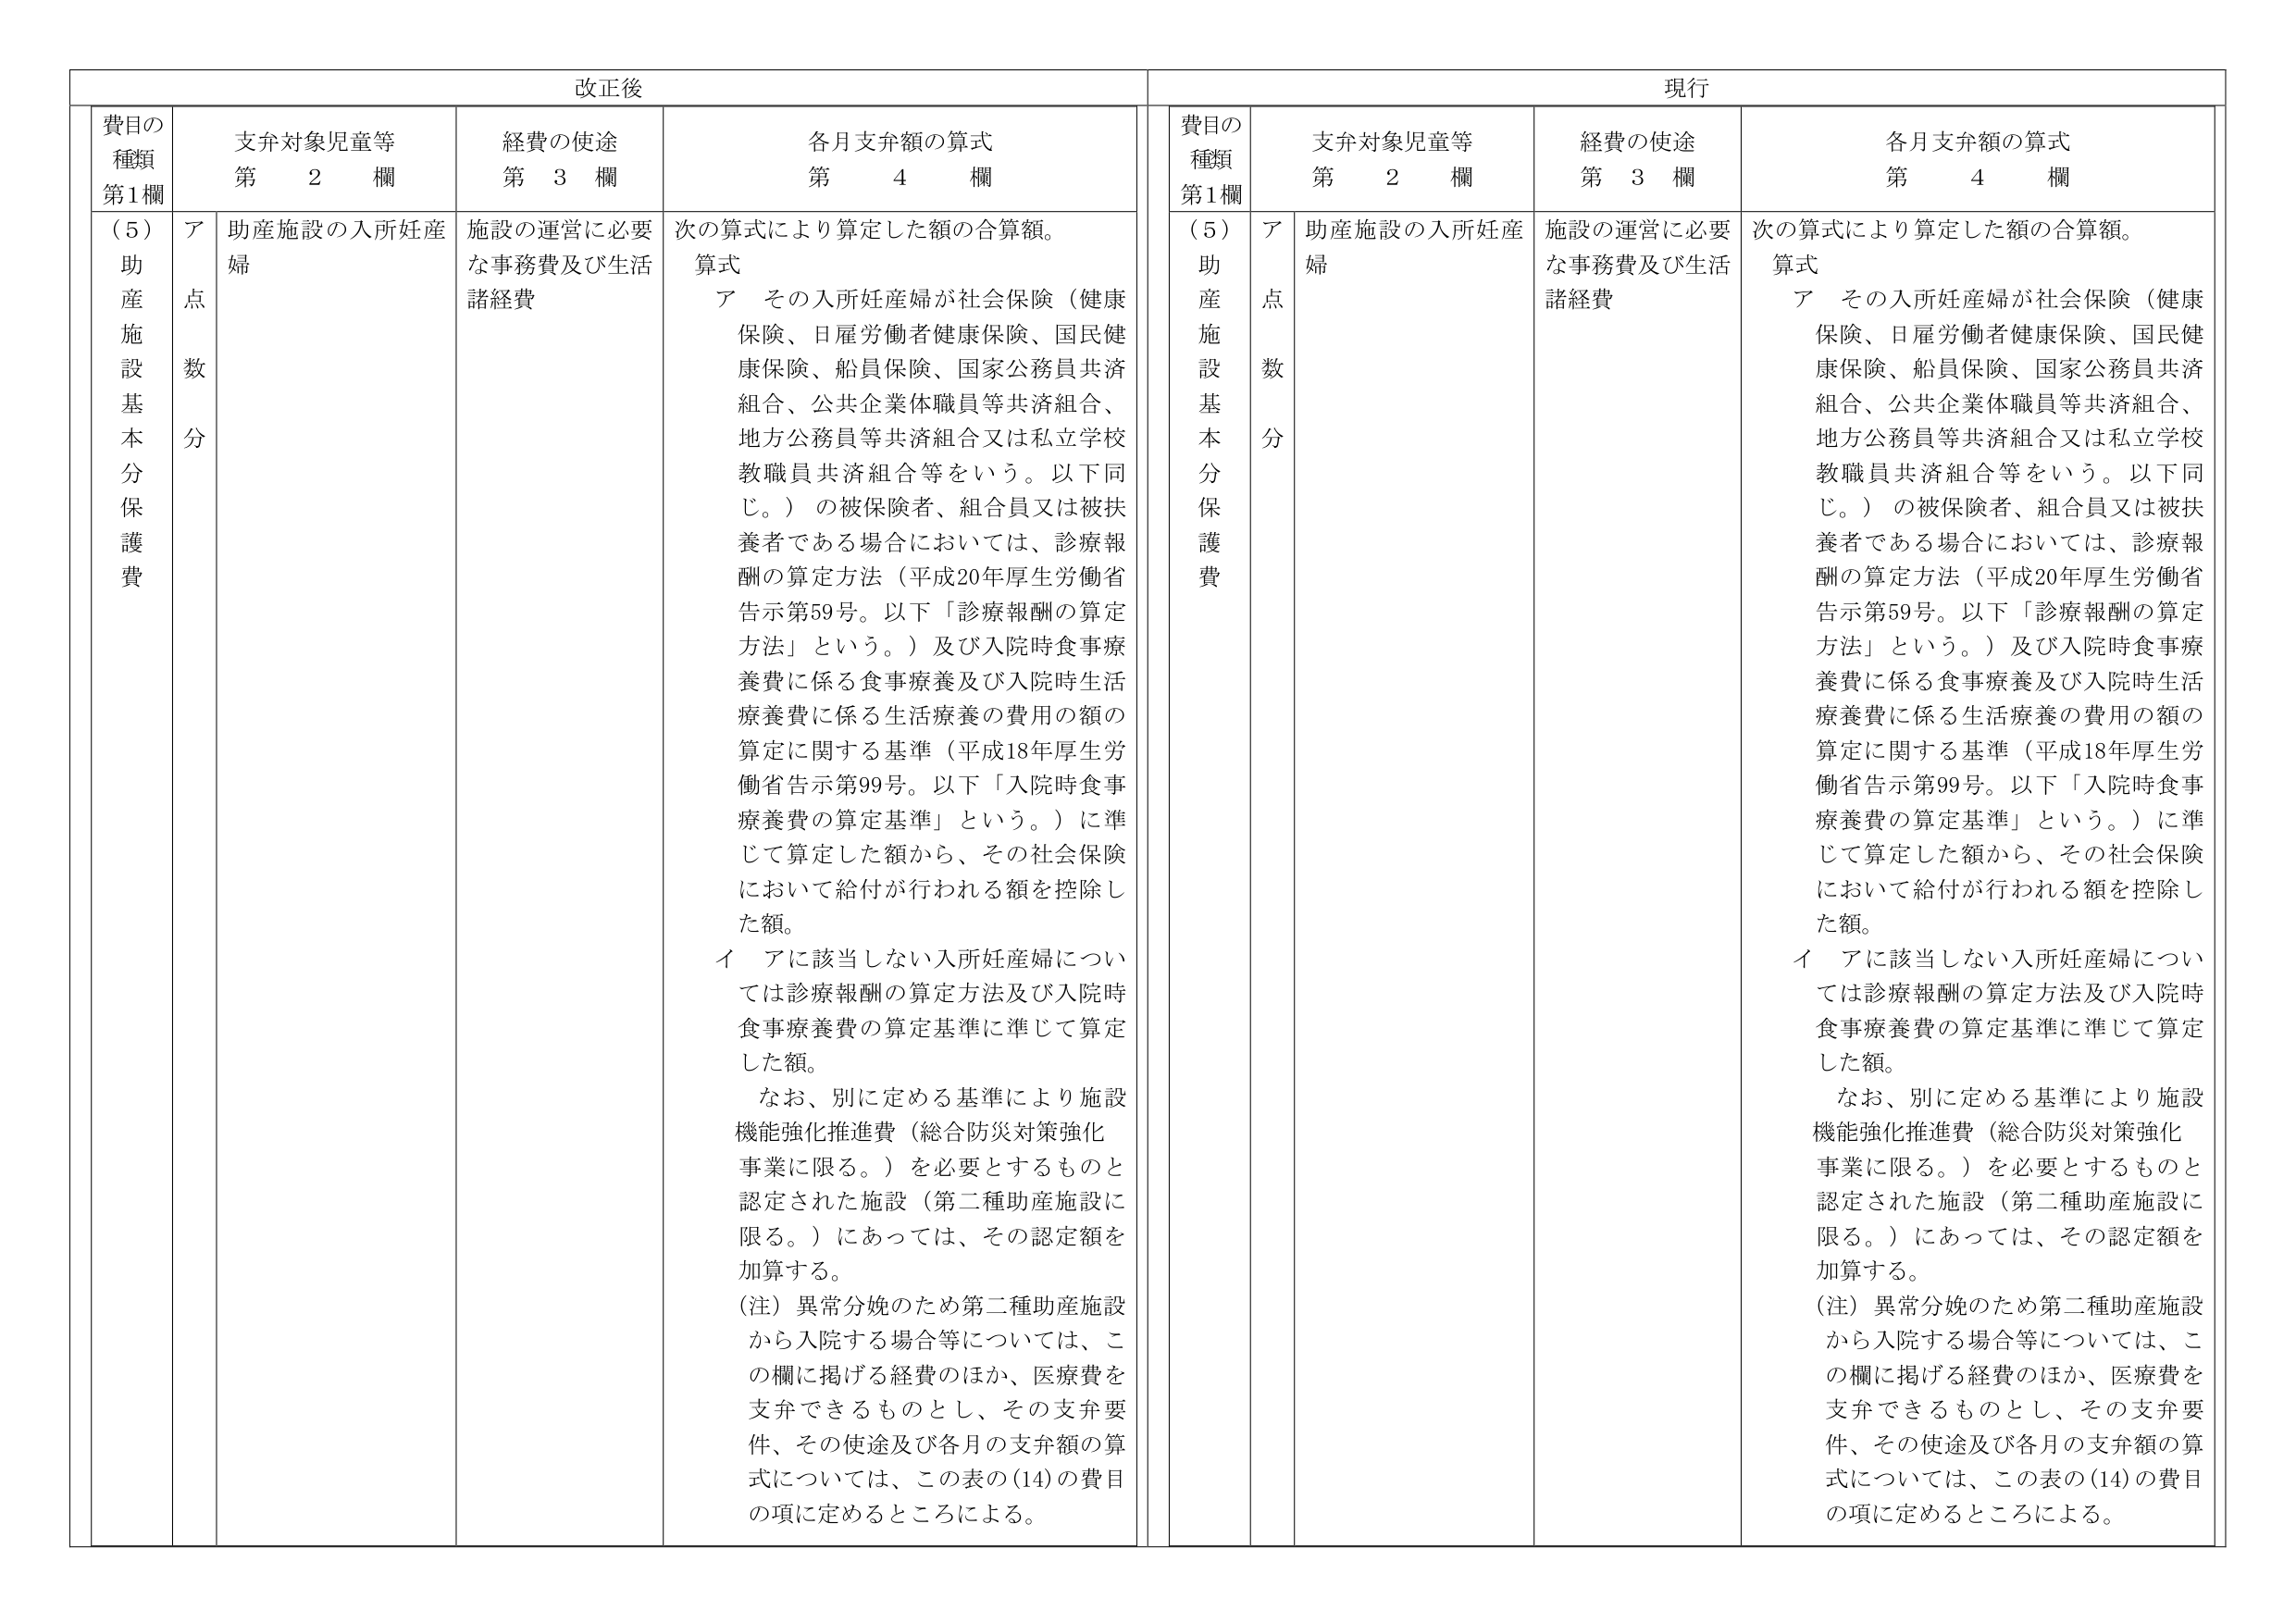
改正後

費目の種類 第1欄
（5）助産施設基本分保護費

支弁対象児童等 第2欄
ア点数分

経費の使途 第3欄
助産施設の入所妊産婦
施設の運営に必要な事務費及び生活諸経費

各月支弁額の算式 第4欄
次の算式により算定した額の合算額。
算式
ア その入所妊産婦が社会保険（健康保険、日雇労働者健康保険、国民健康保険、船員保険、国家公務員共済組合、公共企業体職員等共済組合、地方公務員等共済組合又は私立学校教職員共済組合等をいう。以下同じ。）の被保険者、組合員又は被扶養者である場合においては、診療報酬の算定方法（平成20年厚生労働省告示第59号。以下「診療報酬の算定方法」という。）及び入院時食事療養費に係る食事療養及び入院時生活療養費に係る生活療養の費用の額の算定に関する基準（平成18年厚生労働省告示第99号。以下「入院時食事療養費の算定基準」という。）に準じて算定した額から、その社会保険において給付が行われる額を控除した額。
イ アに該当しない入所妊産婦については診療報酬の算定方法及び入院時食事療養費の算定基準に準じて算定した額。
　なお、別に定める基準により施設機能強化推進費（総合防災対策強化事業に限る。）を必要とするものと認定された施設（第二種助産施設に限る。）にあっては、その認定額を加算する。
（注）異常分娩のため第二種助産施設から入院する場合等については、この欄に掲げる経費のほか、医療費を支弁できるものとし、その支弁要件、その使途及び各月の支弁額の算式については、この表の(14)の費目の項に定めるところによる。

現行

費目の種類 第1欄
（5）助産施設基本分保護費

支弁対象児童等 第2欄
ア点数分

経費の使途 第3欄
助産施設の入所妊産婦
施設の運営に必要な事務費及び生活諸経費

各月支弁額の算式 第4欄
次の算式により算定した額の合算額。
算式
ア その入所妊産婦が社会保険（健康保険、日雇労働者健康保険、国民健康保険、船員保険、国家公務員共済組合、公共企業体職員等共済組合、地方公務員等共済組合又は私立学校教職員共済組合等をいう。以下同じ。）の被保険者、組合員又は被扶養者である場合においては、診療報酬の算定方法（平成20年厚生労働省告示第59号。以下「診療報酬の算定方法」という。）及び入院時食事療養費に係る食事療養及び入院時生活療養費に係る生活療養の費用の額の算定に関する基準（平成18年厚生労働省告示第99号。以下「入院時食事療養費の算定基準」という。）に準じて算定した額から、その社会保険において給付が行われる額を控除した額。
イ アに該当しない入所妊産婦については診療報酬の算定方法及び入院時食事療養費の算定基準に準じて算定した額。
　なお、別に定める基準により施設機能強化推進費（総合防災対策強化事業に限る。）を必要とするものと認定された施設（第二種助産施設に限る。）にあっては、その認定額を加算する。
（注）異常分娩のため第二種助産施設から入院する場合等については、この欄に掲げる経費のほか、医療費を支弁できるものとし、その支弁要件、その使途及び各月の支弁額の算式については、この表の(14)の費目の項に定めるところによる。